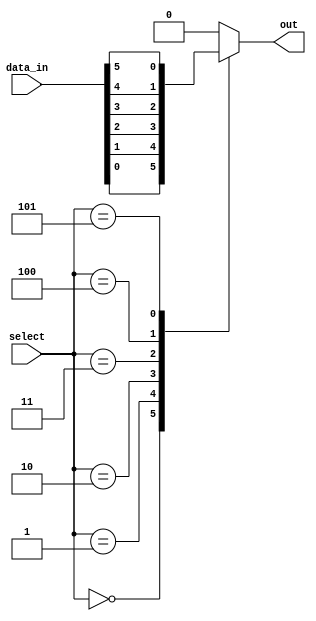
module mux_64to1 (
    input [63:0] data_in,
    input [5:0] select,
    output reg out
);

always @(*) begin
    case (select)
        6'b000000: out = data_in[0];
        6'b000001: out = data_in[1];
        6'b000010: out = data_in[2];
        6'b000011: out = data_in[3];
        6'b000100: out = data_in[4];
        6'b000101: out = data_in[5];
        // Add cases for data_in[6] to data_in[63] as needed
        default: out = 0; // Default case if select value is not in the range
    endcase
end

endmodule